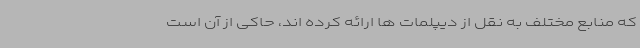
که منابع مختلف به نقل از دیپلمات ها ارائه کرده اند، حاکی از آن است